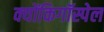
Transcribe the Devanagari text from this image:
क्योंकिगॉस्पेल